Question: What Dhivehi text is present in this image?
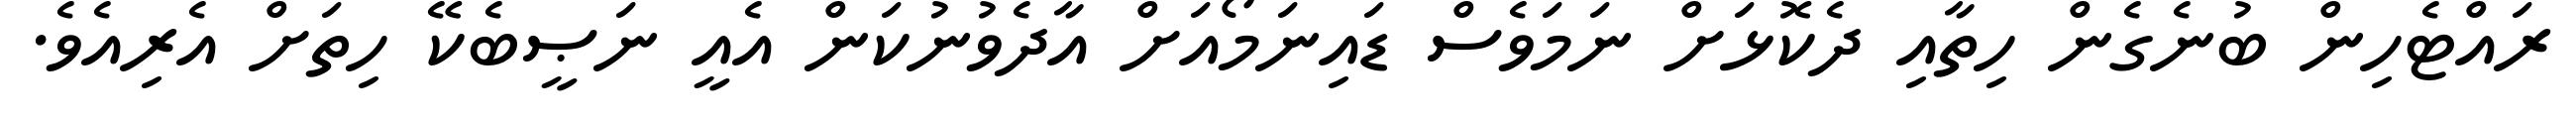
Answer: ރައްޓެހިން ބުނެގެން ހިތާއި ދެކޮޅަށް ނަމަވެސް ޑައިނަމޯއަށް އާދެވުނުކަން އެއީ ނަޞީބެކޭ ހިތަށް އެރިއެވެ.